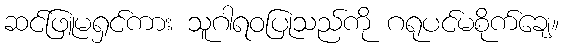
ဆင်ဖြူမရှင်ကား သူဂါရဝပြုသည်ကို ဂရုပင်မစိုက်ချေ။